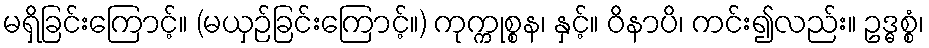
မရှိခြင်းကြောင့်။ (မယှဉ်ခြင်းကြောင့်။) ကုက္ကုစ္စန၊ နှင့်။ ဝိနာပိ၊ ကင်း၍လည်း။ ဥဒ္ဓစ္စံ၊